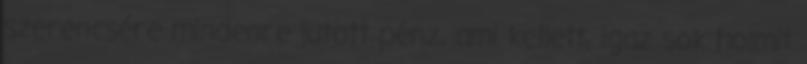
szerencsére mindenre jutott pénz, ami kellett, igaz sok holmit